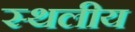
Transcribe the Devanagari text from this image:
स्‍थलीय